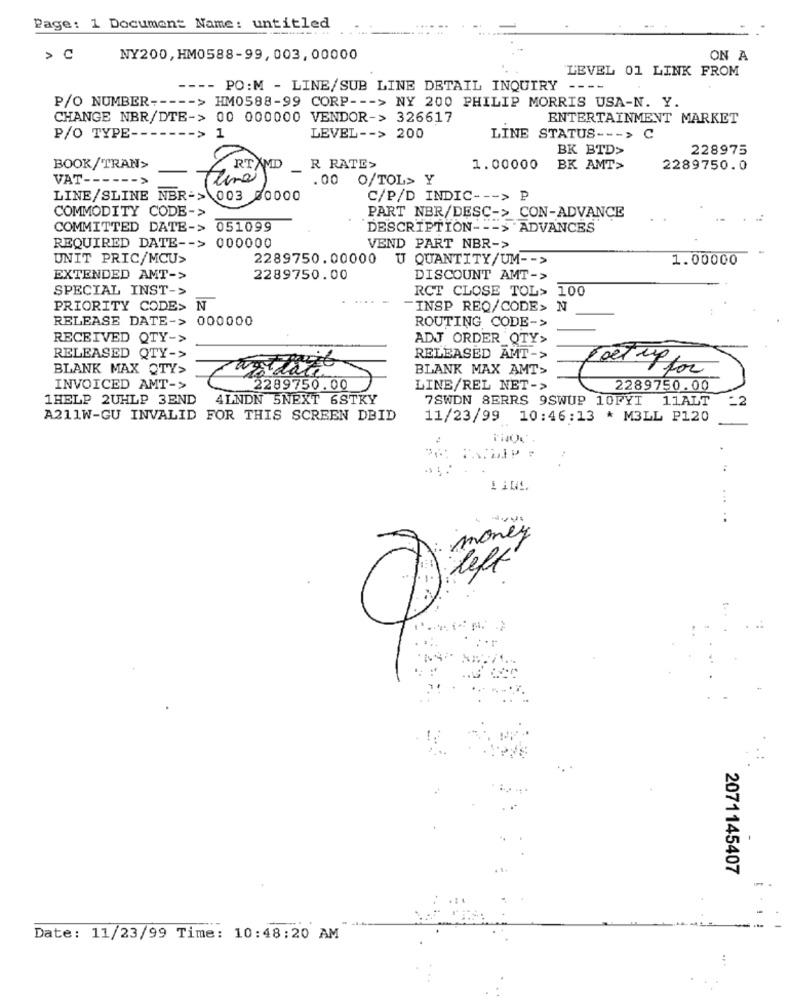
Page: 1 Document Name: untitled
NY200, HM0588-99, 003,00000
ON A
LEVEL 01 LINK FROM
---- PO:M - LINE/SUB LINE DETAIL INQUIRY
P/O NUMBER ----- > HM0588-99 CORP --- > NY 200 PHILIP MORRIS USA-N. Y.
CHANGE NBR/DTE-> 00 000000 VENDOR-> 326617
ENTERTAINMENT MARKET
P/O TYPE --
----- > 1
LEVEL -- > 200
LINE STATUS --- > C
BK BTD>
228975
BOOK/TRAN>
RTAMD
R RATE>
1.00000
BK AMT>
2289750.0
VAT ----
tina
.00
O/TOL> Y
LINE/SLINE NBR-> 003 00000
C/P/D INDIC --- > E
COMMODITY CODE->
PART NBR/DESC-> CON-ADVANCE
COMMITTED DATE-> 051099
DESCRIPTION --- > ADVANCES
REQUIRED DATE -- > 000000
VEND PART NBR->
UNIT PRIC/MCU>
2289750.00000
U QUANTITY/UM -- >
1.00000
EXTENDED AMT->
2289750.00
DISCOUNT AMT->
SPECIAL INST->
RCT CLOSE TOL> 100
PRIORITY CODE> N
-INSP REQ/CODE> N
RELEASE DATE-> 000000
ROUTING CODE->
RECEIVED QTY->
ADJ ORDER QTY>
RELEASED QTY->
RELEASED AMT->
BLANK MAX QTY>
BLANK MAX AMT>
Toet up for
INVOICED AMT->
2289750.00
LINE/REL NET->
2289750.00
1HELP 2UHLP 3END
4LNDN 5NEXT 6STKY
7SWDN 8ERRS 9SWUP 10FYI 11ALT
_2
A211W-GU INVALID FOR THIS SCREEN DBID
11/23/99 10:46:13 * M3LL P120
...
money
left
2071145407
Date: 11/23/99 Time: 10:48:20 AM